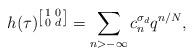
LaTeX: \begin{align*}h(\tau)^{\left[\begin{smallmatrix}1&0\\0&d\end{smallmatrix}\right]}=\sum_{n>-\infty}c_n^{\sigma_d}q^{n/N},\end{align*}